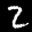
Label: 2